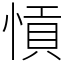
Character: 愩